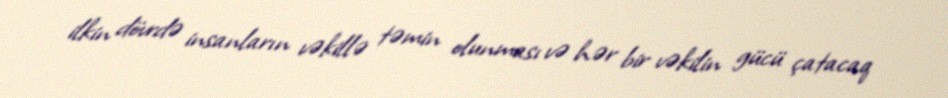
ilkin dövrdə insanların vəkillə təmin olunması və hər bir vəkilin gücü çatacaq